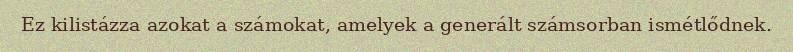
Ez kilistázza azokat a számokat, amelyek a generált számsorban ismétlődnek.